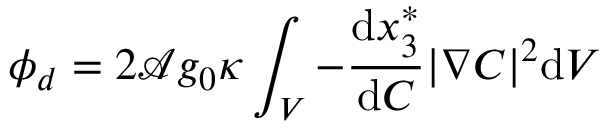
\phi _ { d } = 2 \mathcal { A } g _ { 0 } \kappa \int _ { V } - \frac { \mathrm { d } x _ { 3 } ^ { * } } { \mathrm { d } C } | \nabla C | ^ { 2 } \mathrm { d } V